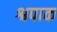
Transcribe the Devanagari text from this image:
श्वपाक